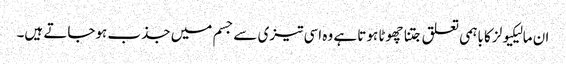
ان مالیکیولز کا باہمی تعلق جتنا چھوٹا ہوتا ہے وہ اسی تیزی سے جسم میں جذب ہوجاتے ہیں۔